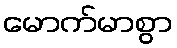
မောက်မာစွာ